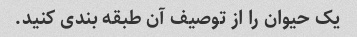
یک حیوان را از توصیف آن طبقه بندی کنید.